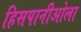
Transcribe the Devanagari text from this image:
हिसपानीओला